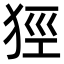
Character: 㹵